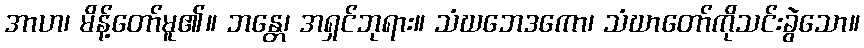
အာဟ၊ မိန့်တော်မူ၏။ ဘန္တေ၊ အရှင်ဘုရား။ သံဃဘေဒကော၊ သံဃာတော်ကိုသင်းခွဲသော။